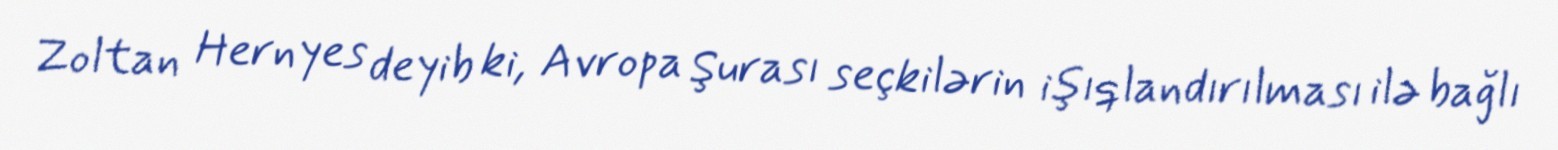
Zoltan Hernyes deyib ki, Avropa Şurası seçkilərin işıqlandırılması ilə bağlı